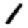
Digit: 1